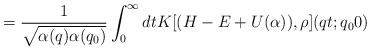
\begin{align*}= \frac{1}{\sqrt{\alpha(q)\alpha(q_0)}} \int_0^{\infty} dt K[(H-E+U(\alpha)),\rho ](qt;q_00) \end{align*}